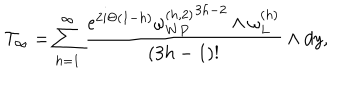
LaTeX: { \cal T } _ { \infty } = \sum _ { h = 1 } ^ { \infty } { \frac { e ^ { 2 i \Theta ( 1 - h ) } { \omega _ { W P } ^ { ( h , 2 ) } } ^ { 3 h - 2 } \wedge \omega _ { L } ^ { ( h ) } } { ( 3 h - 1 ) ! } } \wedge d y ,